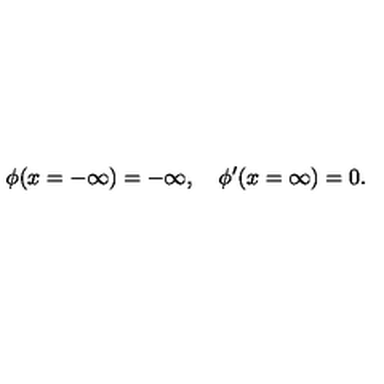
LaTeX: \phi ( x = - \infty ) = - \infty , \quad \phi ^ { \prime } ( x = \infty ) = 0 .